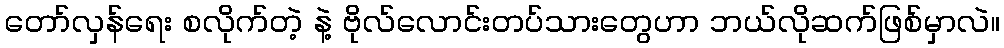
တော်လှန်ရေး စလိုက်တဲ့ နဲ့ ဗိုလ်လောင်းတပ်သားတွေဟာ ဘယ်လိုဆက်ဖြစ်မှာလဲ။